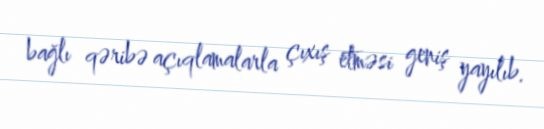
bağlı qəribə açıqlamalarla çıxış etməsi geniş yayılıb.